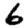
Digit: 6